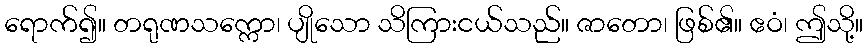
ရောက်၍။ တရုဏသက္ကော၊ ပျိုသော သိကြားငယ်သည်။ ဇာတော၊ ဖြစ်၏။ ဧဝံ၊ ဤသို့။